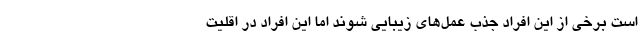
است برخی از این افراد جذب عمل‌های زیبایی شوند اما این افراد در اقلیت